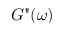
G " ( \omega )